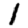
Digit: 1